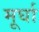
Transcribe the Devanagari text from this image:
मूर्घा